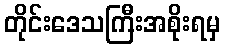
တိုင်းဒေသကြီးအစိုးရမှ